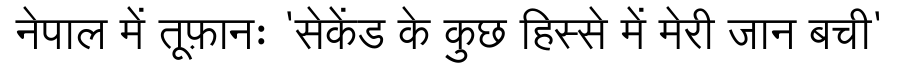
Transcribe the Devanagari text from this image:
नेपाल में तूफ़ानः 'सेकेंड के कुछ हिस्से में मेरी जान बची'